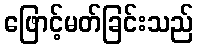
ဖြောင့်မတ်ခြင်းသည်